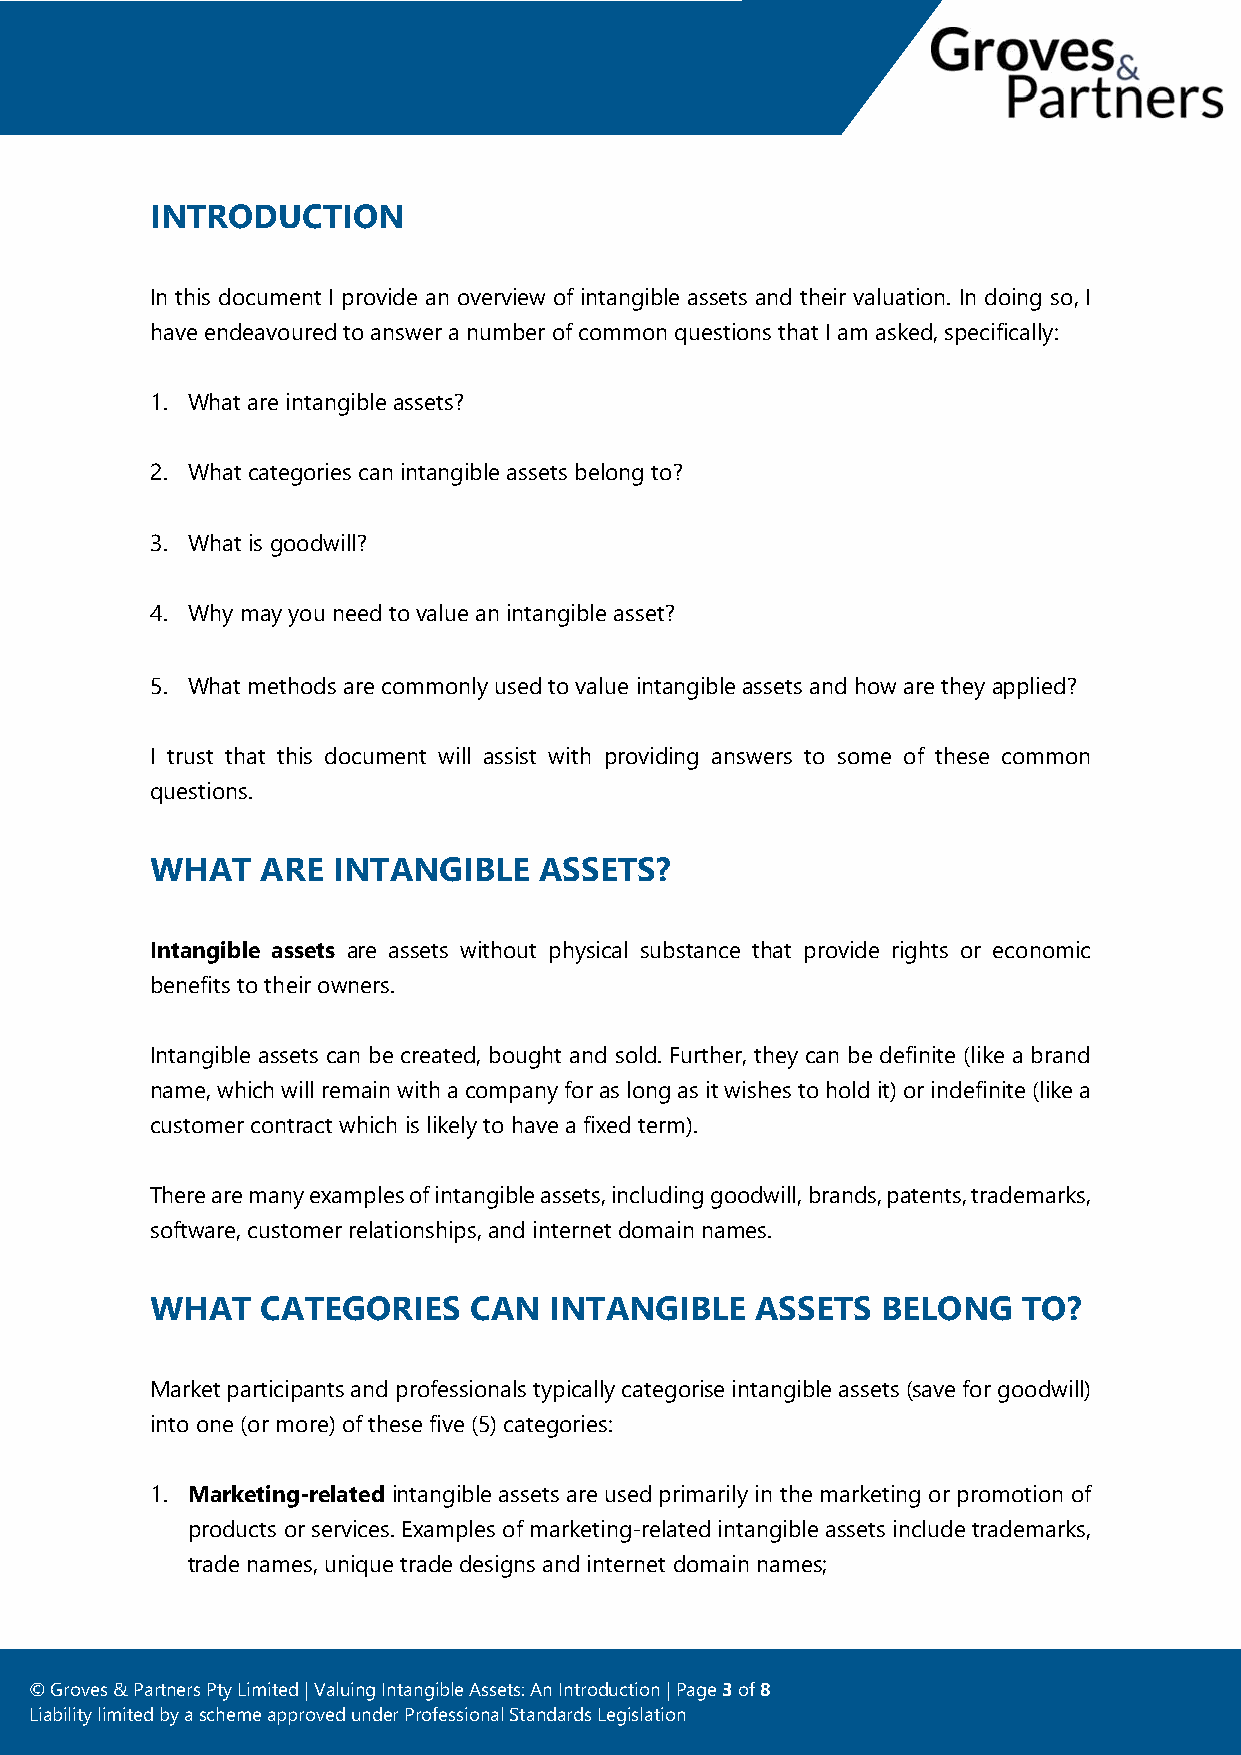
INTRODUCTION
 In this document I provide an overview of intangible assets and their valuation. In doing so, I
 have endeavoured to answer a number of common questions that I am asked, specifically:
 1. What are intangible assets?
 2. What categories can intangible assets belong to?
 3. What is goodwill?
 4. Why may you need to value an intangible asset?
 5. What methods are commonly used to value intangible assets and how are they applied?
 I trust that this document will assist with providing answers to some of these common
 questions.
 WHAT   ARE  INTANGIBLE    ASSETS?
 Intangible assets are assets without physical substance that provide rights or economic
 benefits to their owners.
 Intangible assets can be created, bought and sold. Further, they can be definite (like a brand
 name, which will remain with a company for as long as it wishes to hold it) or indefinite (like a
 customer contract which is likely to have a fixed term).
 There are many examples of intangible assets, including goodwill, brands, patents, trademarks,
 software, customer relationships, and internet domain names.
 WHAT   CATEGORIES    CAN  INTANGIBLE    ASSETS  BELONG    TO?
 Market participants and professionals typically categorise intangible assets (save for goodwill)
 into one (or more) of these five (5) categories:
 1. Marketing-related intangible assets are used primarily in the marketing or promotion of
 products or services. Examples of marketing-related intangible assets include trademarks,
 trade names, unique trade designs and internet domain names;
 © Groves & Pa rtners Pty Limited | Valuing Intangible Assets: An Introduction | Page 3 of 8
 Liability limited by a scheme approved under Professional Standards Legislation